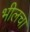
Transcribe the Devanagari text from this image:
भीलचा